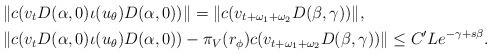
LaTeX: \begin{align*} &\| c(v_t D(\alpha,0) \iota(u_\theta) D(\alpha,0)) \| = \| c(v_{t+\omega_1+\omega_2} D(\beta,\gamma))\|, \\ &\| c(v_t D(\alpha,0) \iota(u_\theta) D(\alpha,0)) - \pi_V(r_\phi) c(v_{t+\omega_1+\omega_2}D(\beta,\gamma))\| \leq C' L e^{-\gamma+s\beta}.\end{align*}